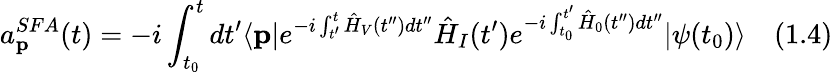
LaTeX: a_{\textbf{p}}^{SFA}(t)=-i\int_{t_{0}}^{t}dt^{\prime}\langle{\textbf{p}}|e^{-i\int_{t^{\prime}}^{t}{\hat{H}}_{V}(t^{\prime\prime})dt^{\prime\prime}}{\hat{H}}_{I}(t^{\prime})e^{-i\int_{t_{0}}^{t^{\prime}}{\hat{H}}_{0}(t^{\prime\prime})dt^{\prime\prime}}|{\psi(t_{0})}\rangle\quad(1.4)